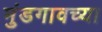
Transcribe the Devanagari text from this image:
मुंडगावच्या